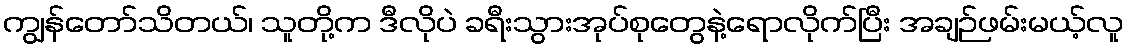
ကျွန်တော်သိတယ်၊ သူတို့က ဒီလိုပဲ ခရီးသွားအုပ်စုတွေနဲ့ရောလိုက်ပြီး အချဉ်ဖမ်းမယ့်လူ